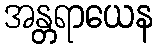
အန္တရာယေန